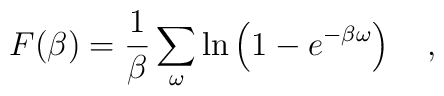
F(\beta)={1 \over \beta}\sum_\omega\ln\left(1-e^{-\beta \omega}\right)~~~,